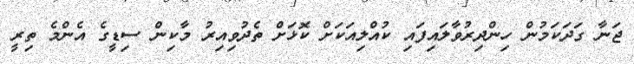
ޖަނާ ގަދަކަމުން ހިންދިރުވާލައިފައި ކުއްލިއަކަށް ކޮޅަށް ތެދުވިއިރު މާކިން ސިޑީގެ އެންމެ ތިރީ